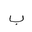
Letter: _ba